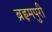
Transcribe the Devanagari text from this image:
ब्रहृमपुरी